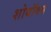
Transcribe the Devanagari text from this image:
शोबॉक्स